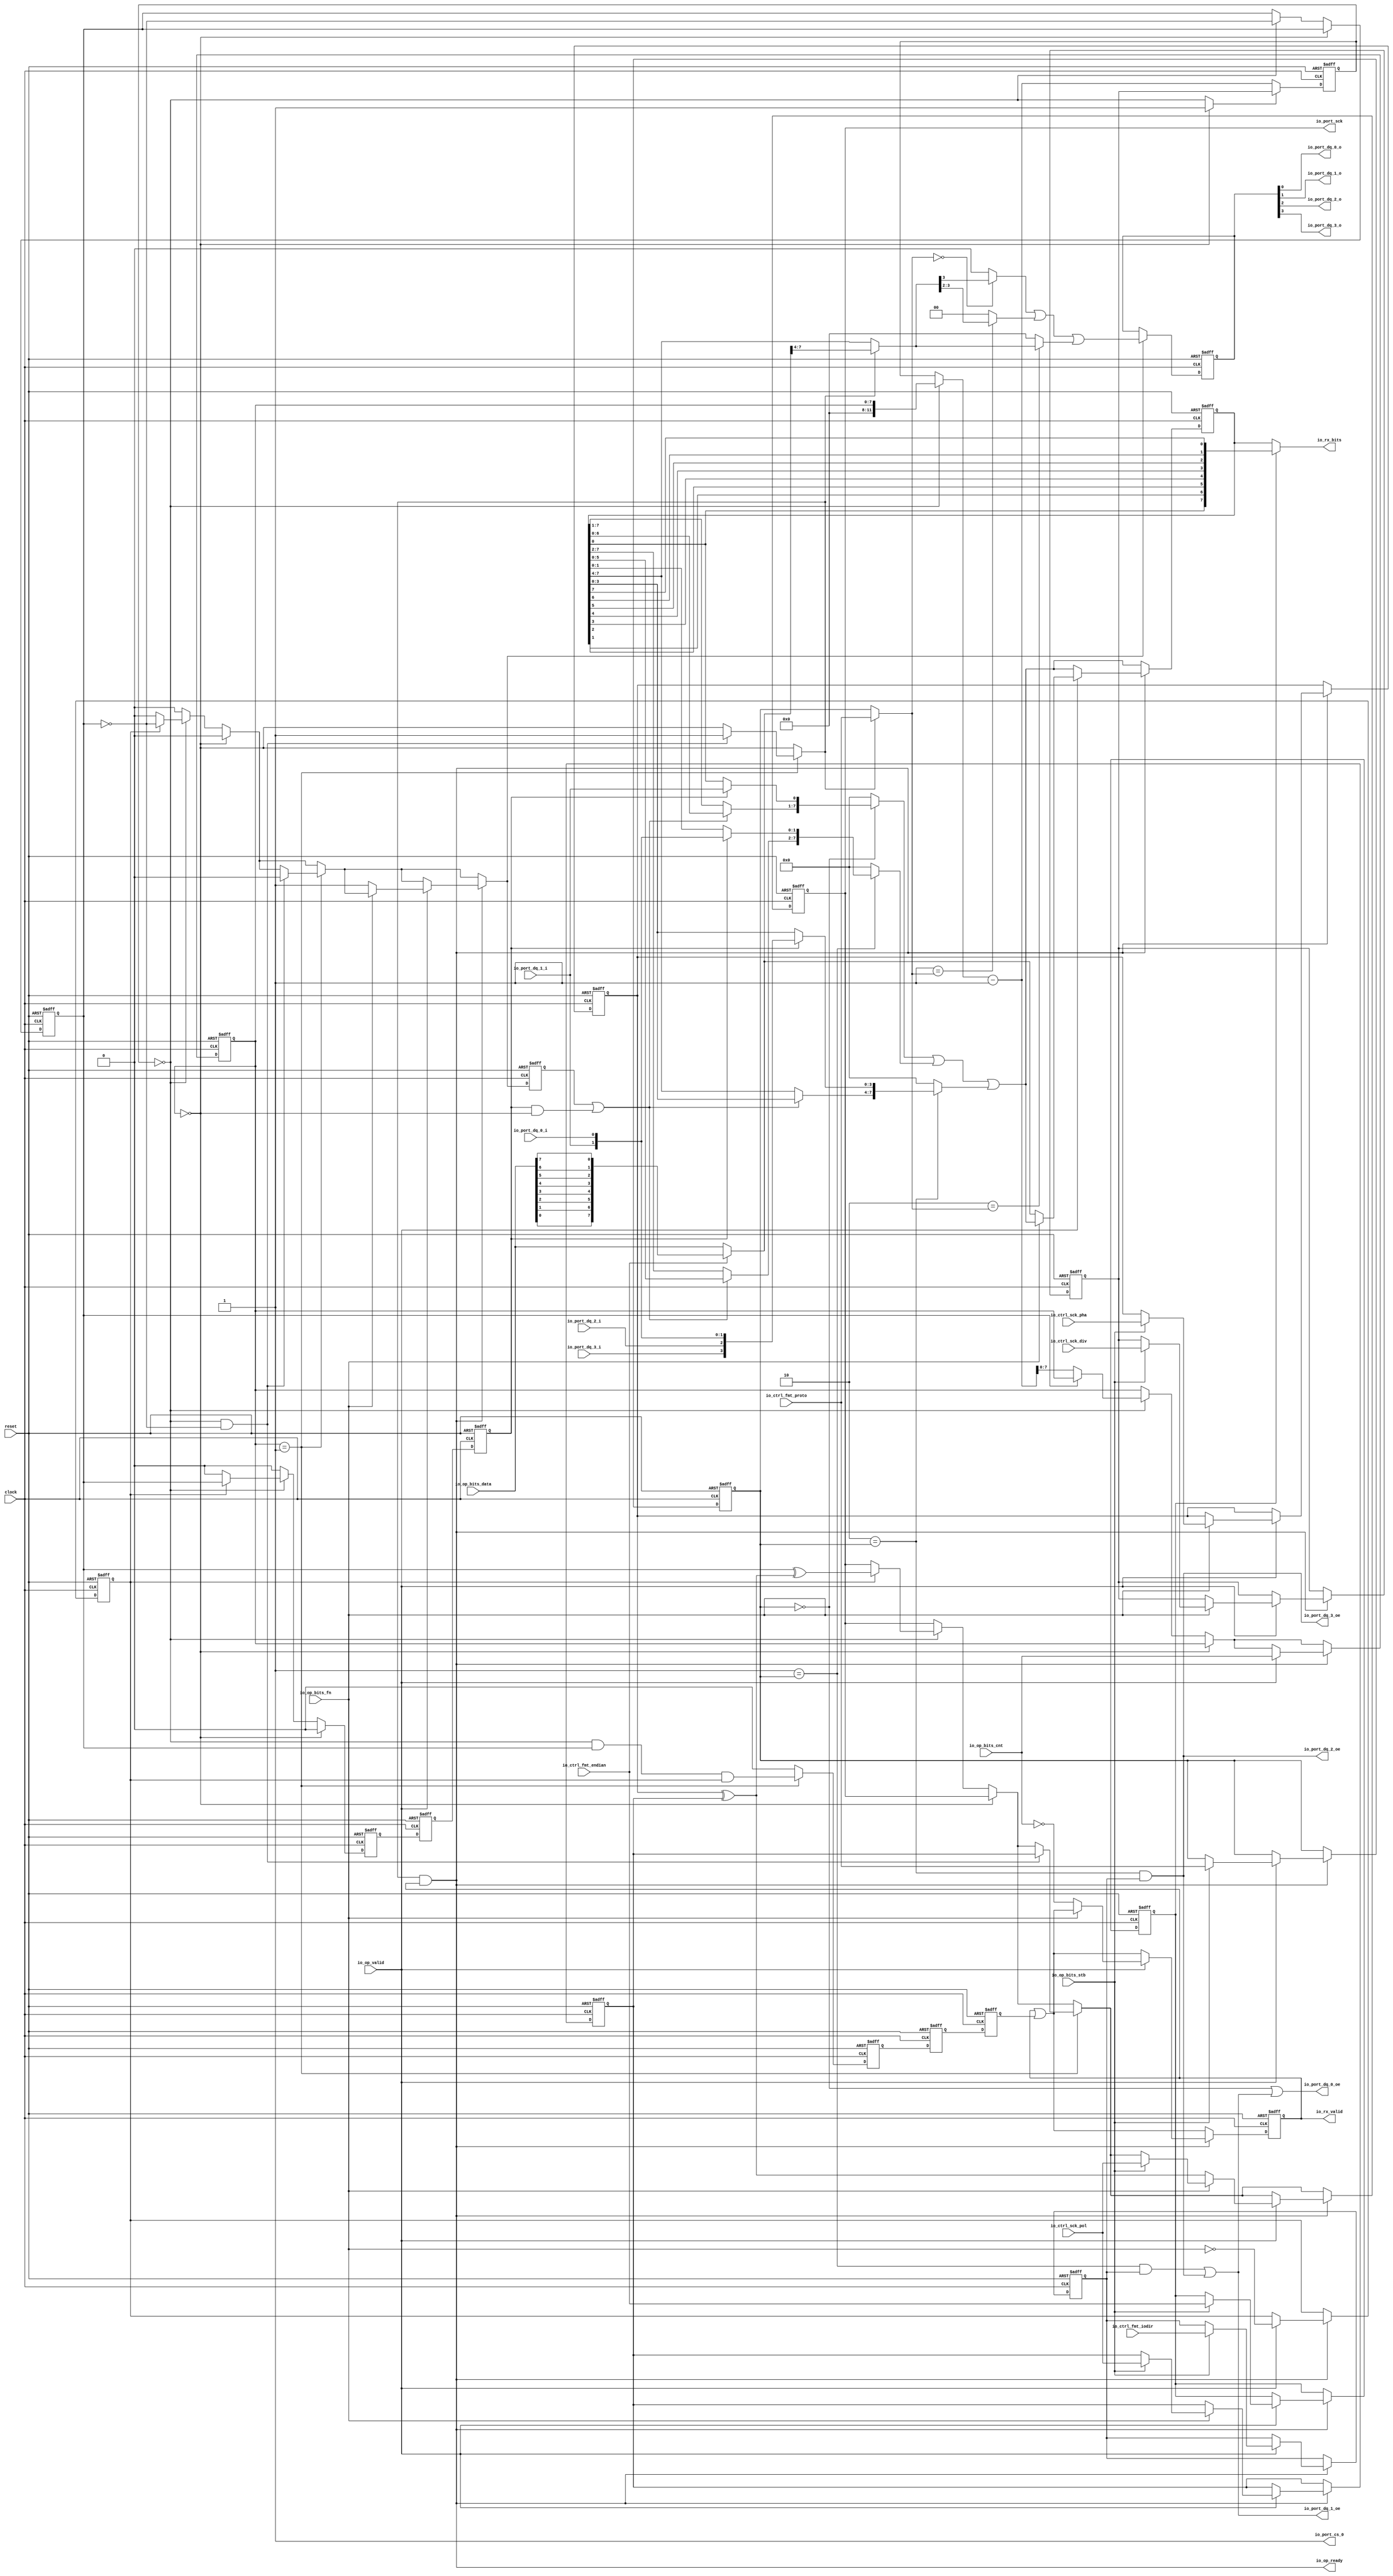
// This program was cloned from: https://github.com/huangxc6/Software_Hardware_Co-Design_24Spring
// License: MIT License

 /*                                                                      
 Copyright 2018-2020 Nuclei System Technology, Inc.                
                                                                         
 Licensed under the Apache License, Version 2.0 (the "License");         
 you may not use this file except in compliance with the License.        
 You may obtain a copy of the License at                                 
                                                                         
     http://www.apache.org/licenses/LICENSE-2.0                          
                                                                         
  Unless required by applicable law or agreed to in writing, software    
 distributed under the License is distributed on an "AS IS" BASIS,       
 WITHOUT WARRANTIES OR CONDITIONS OF ANY KIND, either express or implied.
 See the License for the specific language governing permissions and     
 limitations under the License.                                          
 */                                                                      
                                                                         
                                                                         
                                                                         

module sirv_qspi_physical(
  input   clock,
  input   reset,
  output  io_port_sck,
  input   io_port_dq_0_i,
  output  io_port_dq_0_o,
  output  io_port_dq_0_oe,
  input   io_port_dq_1_i,
  output  io_port_dq_1_o,
  output  io_port_dq_1_oe,
  input   io_port_dq_2_i,
  output  io_port_dq_2_o,
  output  io_port_dq_2_oe,
  input   io_port_dq_3_i,
  output  io_port_dq_3_o,
  output  io_port_dq_3_oe,
  output  io_port_cs_0,
  input  [11:0] io_ctrl_sck_div,
  input   io_ctrl_sck_pol,
  input   io_ctrl_sck_pha,
  input  [1:0] io_ctrl_fmt_proto,
  input   io_ctrl_fmt_endian,
  input   io_ctrl_fmt_iodir,
  output  io_op_ready,
  input   io_op_valid,
  input   io_op_bits_fn,
  input   io_op_bits_stb,
  input  [7:0] io_op_bits_cnt,
  input  [7:0] io_op_bits_data,
  output  io_rx_valid,
  output [7:0] io_rx_bits
);
  reg [11:0] ctrl_sck_div;
  reg [31:0] GEN_2;
  reg  ctrl_sck_pol;
  reg [31:0] GEN_31;
  reg  ctrl_sck_pha;
  reg [31:0] GEN_52;
  reg [1:0] ctrl_fmt_proto;
  reg [31:0] GEN_67;
  reg  ctrl_fmt_endian;
  reg [31:0] GEN_68;
  reg  ctrl_fmt_iodir;
  reg [31:0] GEN_69;
  wire  proto_0;
  wire  proto_1;
  wire  proto_2;
  wire  accept;
  wire  sample;
  wire  setup;
  wire  last;
  reg  setup_d;
  reg [31:0] GEN_70;
  reg  T_119;
  reg [31:0] GEN_71;
  reg  T_120;
  reg [31:0] GEN_72;
  reg  sample_d;
  reg [31:0] GEN_73;
  reg  T_122;
  reg [31:0] GEN_74;
  reg  T_123;
  reg [31:0] GEN_75;
  reg  last_d;
  reg [31:0] GEN_76;
  reg [7:0] scnt;
  reg [31:0] GEN_77;
  reg [11:0] tcnt;
  reg [31:0] GEN_78;
  wire  stop;
  wire  beat;
  wire [11:0] T_127;
  wire [12:0] T_129;
  wire [11:0] decr;
  wire  sched;
  wire [11:0] T_130;
  reg  sck;
  reg [31:0] GEN_79;
  reg  cref;
  reg [31:0] GEN_80;
  wire  cinv;
  wire [1:0] T_133;
  wire [1:0] T_134;
  wire [3:0] rxd;
  wire  samples_0;
  wire [1:0] samples_1;
  reg [7:0] buffer;
  reg [31:0] GEN_81;
  wire  T_135;
  wire  T_136;
  wire  T_137;
  wire  T_138;
  wire  T_139;
  wire  T_140;
  wire  T_141;
  wire  T_142;
  wire  T_143;
  wire [1:0] T_144;
  wire [1:0] T_145;
  wire [3:0] T_146;
  wire [1:0] T_147;
  wire [1:0] T_148;
  wire [3:0] T_149;
  wire [7:0] T_150;
  wire [7:0] buffer_in;
  wire  T_151;
  wire  shift;
  wire [6:0] T_152;
  wire [6:0] T_153;
  wire [6:0] T_154;
  wire  T_155;
  wire  T_157;
  wire [7:0] T_158;
  wire [5:0] T_159;
  wire [5:0] T_160;
  wire [5:0] T_161;
  wire [1:0] T_162;
  wire [1:0] T_163;
  wire [7:0] T_164;
  wire [3:0] T_165;
  wire [3:0] T_166;
  wire [3:0] T_167;
  wire [3:0] T_169;
  wire [7:0] T_170;
  wire [7:0] T_172;
  wire [7:0] T_174;
  wire [7:0] T_176;
  wire [7:0] T_178;
  wire [7:0] T_179;
  wire [7:0] T_180;
  reg [3:0] txd;
  reg [31:0] GEN_82;
  wire [3:0] T_182;
  wire [3:0] txd_in;
  wire [1:0] T_184;
  wire  txd_sel_0;
  wire  txd_sel_1;
  wire  txd_sel_2;
  wire  txd_shf_0;
  wire [1:0] txd_shf_1;
  wire  T_186;
  wire [1:0] T_188;
  wire [3:0] T_190;
  wire [1:0] GEN_65;
  wire [1:0] T_192;
  wire [3:0] GEN_66;
  wire [3:0] T_193;
  wire [3:0] T_194;
  wire [3:0] GEN_0;
  wire  T_195;
  wire  T_196;
  wire  txen_1;
  wire  txen_0;
  wire  T_202_0;
  wire  T_206;
  wire  T_207;
  wire  T_208;
  wire  T_209;
  reg  done;
  reg [31:0] GEN_83;
  wire  T_212;
  wire  T_213;
  wire  T_215;
  wire  T_216;
  wire  T_217;
  wire  T_218;
  wire  T_219;
  wire  T_220;
  wire  T_221;
  wire [1:0] T_222;
  wire [1:0] T_223;
  wire [3:0] T_224;
  wire [1:0] T_225;
  wire [1:0] T_226;
  wire [3:0] T_227;
  wire [7:0] T_228;
  wire [7:0] T_229;
  reg  xfr;
  reg [31:0] GEN_84;
  wire  GEN_1;
  wire  T_234;
  wire  T_236;
  wire  T_237;
  wire  GEN_3;
  wire  GEN_4;
  wire  GEN_5;
  wire [11:0] GEN_6;
  wire  GEN_7;
  wire  GEN_8;
  wire  GEN_9;
  wire  GEN_10;
  wire [11:0] GEN_11;
  wire  GEN_12;
  wire  GEN_13;
  wire  GEN_14;
  wire  GEN_15;
  wire [11:0] GEN_16;
  wire  T_243;
  wire  T_244;
  wire  T_245;
  wire  T_248;
  wire  GEN_17;
  wire  GEN_18;
  wire  GEN_19;
  wire  GEN_20;
  wire  GEN_21;
  wire  GEN_22;
  wire  GEN_23;
  wire  T_251;
  wire [1:0] GEN_24;
  wire  GEN_25;
  wire  GEN_26;
  wire  T_256;
  wire  T_259;
  wire [7:0] GEN_27;
  wire  GEN_28;
  wire  GEN_29;
  wire  GEN_30;
  wire  GEN_32;
  wire [11:0] GEN_33;
  wire  GEN_34;
  wire  GEN_35;
  wire  GEN_36;
  wire [11:0] GEN_37;
  wire  GEN_38;
  wire  GEN_39;
  wire [11:0] GEN_40;
  wire [1:0] GEN_41;
  wire  GEN_42;
  wire  GEN_43;
  wire  GEN_44;
  wire [7:0] GEN_45;
  wire  GEN_46;
  wire  GEN_47;
  wire  GEN_48;
  wire [11:0] GEN_49;
  wire  GEN_50;
  wire  GEN_51;
  wire [11:0] GEN_53;
  wire [1:0] GEN_54;
  wire  GEN_55;
  wire  GEN_56;
  wire  GEN_57;
  wire [7:0] GEN_58;
  wire  GEN_59;
  wire  GEN_60;
  wire  GEN_61;
  wire [11:0] GEN_62;
  wire  GEN_63;
  wire  GEN_64;
  assign io_port_sck = sck;
  assign io_port_dq_0_o = T_206;
  assign io_port_dq_0_oe = txen_0;
  assign io_port_dq_1_o = T_207;
  assign io_port_dq_1_oe = txen_1;
  assign io_port_dq_2_o = T_208;
  assign io_port_dq_2_oe = T_196;
  assign io_port_dq_3_o = T_209;
  assign io_port_dq_3_oe = io_port_dq_2_oe; 
  assign io_port_cs_0 = T_202_0;
  assign io_op_ready = T_251;
  assign io_rx_valid = done;
  assign io_rx_bits = T_229;
  assign proto_0 = 2'h0 == ctrl_fmt_proto;
  assign proto_1 = 2'h1 == ctrl_fmt_proto;
  assign proto_2 = 2'h2 == ctrl_fmt_proto;
  assign accept = GEN_21;
  assign sample = GEN_14;
  assign setup = GEN_60;
  assign last = GEN_20;
  assign stop = scnt == 8'h0;
  assign beat = tcnt == 12'h0;
  assign T_127 = beat ? {{4'd0}, scnt} : tcnt;
  assign T_129 = T_127 - 12'h1;
  assign decr = T_129[11:0];
  assign sched = GEN_1;
  assign T_130 = sched ? ctrl_sck_div : decr;
  assign cinv = ctrl_sck_pha ^ ctrl_sck_pol;
  assign T_133 = {io_port_dq_1_i,io_port_dq_0_i};
  assign T_134 = {io_port_dq_3_i,io_port_dq_2_i};
  assign rxd = {T_134,T_133};
  assign samples_0 = rxd[1];
  assign samples_1 = rxd[1:0];
  assign T_135 = io_ctrl_fmt_endian == 1'h0;
  assign T_136 = io_op_bits_data[0];
  assign T_137 = io_op_bits_data[1];
  assign T_138 = io_op_bits_data[2];
  assign T_139 = io_op_bits_data[3];
  assign T_140 = io_op_bits_data[4];
  assign T_141 = io_op_bits_data[5];
  assign T_142 = io_op_bits_data[6];
  assign T_143 = io_op_bits_data[7];
  assign T_144 = {T_142,T_143};
  assign T_145 = {T_140,T_141};
  assign T_146 = {T_145,T_144};
  assign T_147 = {T_138,T_139};
  assign T_148 = {T_136,T_137};
  assign T_149 = {T_148,T_147};
  assign T_150 = {T_149,T_146};
  assign buffer_in = T_135 ? io_op_bits_data : T_150;
  assign T_151 = sample_d & stop;
  assign shift = setup_d | T_151;
  assign T_152 = buffer[6:0];
  assign T_153 = buffer[7:1];
  assign T_154 = shift ? T_152 : T_153;
  assign T_155 = buffer[0];
  assign T_157 = sample_d ? samples_0 : T_155;
  assign T_158 = {T_154,T_157};
  assign T_159 = buffer[5:0];
  assign T_160 = buffer[7:2];
  assign T_161 = shift ? T_159 : T_160;
  assign T_162 = buffer[1:0];
  assign T_163 = sample_d ? samples_1 : T_162;
  assign T_164 = {T_161,T_163};
  assign T_165 = buffer[3:0];
  assign T_166 = buffer[7:4];
  assign T_167 = shift ? T_165 : T_166;
  assign T_169 = sample_d ? rxd : T_165;
  assign T_170 = {T_167,T_169};
  assign T_172 = proto_0 ? T_158 : 8'h0;
  assign T_174 = proto_1 ? T_164 : 8'h0;
  assign T_176 = proto_2 ? T_170 : 8'h0;
  assign T_178 = T_172 | T_174;
  assign T_179 = T_178 | T_176;
  assign T_180 = T_179;
  assign T_182 = buffer_in[7:4];
  assign txd_in = accept ? T_182 : T_166;
  assign T_184 = accept ? io_ctrl_fmt_proto : ctrl_fmt_proto;
  assign txd_sel_0 = 2'h0 == T_184;
  assign txd_sel_1 = 2'h1 == T_184;
  assign txd_sel_2 = 2'h2 == T_184;
  assign txd_shf_0 = txd_in[3];
  assign txd_shf_1 = txd_in[3:2];
  assign T_186 = txd_sel_0 ? txd_shf_0 : 1'h0;
  assign T_188 = txd_sel_1 ? txd_shf_1 : 2'h0;
  assign T_190 = txd_sel_2 ? txd_in : 4'h0;
  assign GEN_65 = {{1'd0}, T_186};
  assign T_192 = GEN_65 | T_188;
  assign GEN_66 = {{2'd0}, T_192};
  assign T_193 = GEN_66 | T_190;
  assign T_194 = T_193;
  assign GEN_0 = setup ? T_194 : txd;
  assign T_195 = proto_1 & ctrl_fmt_iodir;
  assign T_196 = proto_2 & ctrl_fmt_iodir;
  assign txen_1 = T_195 | T_196;
  assign txen_0 = proto_0 | txen_1;
  assign T_202_0 = 1'h1;
  assign T_206 = txd[0];
  assign T_207 = txd[1];
  assign T_208 = txd[2];
  assign T_209 = txd[3];
  assign T_212 = done | last_d;
  assign T_213 = ctrl_fmt_endian == 1'h0;
  assign T_215 = buffer[1];
  assign T_216 = buffer[2];
  assign T_217 = buffer[3];
  assign T_218 = buffer[4];
  assign T_219 = buffer[5];
  assign T_220 = buffer[6];
  assign T_221 = buffer[7];
  assign T_222 = {T_220,T_221};
  assign T_223 = {T_218,T_219};
  assign T_224 = {T_223,T_222};
  assign T_225 = {T_216,T_217};
  assign T_226 = {T_155,T_215};
  assign T_227 = {T_226,T_225};
  assign T_228 = {T_227,T_224};
  assign T_229 = T_213 ? buffer : T_228;
  assign GEN_1 = stop ? 1'h1 : beat;
  assign T_234 = stop == 1'h0;
  assign T_236 = cref == 1'h0;
  assign T_237 = cref ^ cinv;
  assign GEN_3 = xfr ? T_237 : sck;
  assign GEN_4 = xfr ? cref : 1'h0;
  assign GEN_5 = xfr ? T_236 : 1'h0;
  assign GEN_6 = T_236 ? decr : {{4'd0}, scnt};
  assign GEN_7 = beat ? T_236 : cref;
  assign GEN_8 = beat ? GEN_3 : sck;
  assign GEN_9 = beat ? GEN_4 : 1'h0;
  assign GEN_10 = beat ? GEN_5 : 1'h0;
  assign GEN_11 = beat ? GEN_6 : {{4'd0}, scnt};
  assign GEN_12 = T_234 ? GEN_7 : cref;
  assign GEN_13 = T_234 ? GEN_8 : sck;
  assign GEN_14 = T_234 ? GEN_9 : 1'h0;
  assign GEN_15 = T_234 ? GEN_10 : 1'h0;
  assign GEN_16 = T_234 ? GEN_11 : {{4'd0}, scnt};
  assign T_243 = scnt == 8'h1;
  assign T_244 = beat & cref;
  assign T_245 = T_244 & xfr;
  assign T_248 = beat & T_236;
  assign GEN_17 = T_248 ? 1'h1 : stop;
  assign GEN_18 = T_248 ? 1'h0 : GEN_15;
  assign GEN_19 = T_248 ? ctrl_sck_pol : GEN_13;
  assign GEN_20 = T_243 ? T_245 : 1'h0;
  assign GEN_21 = T_243 ? GEN_17 : stop;
  assign GEN_22 = T_243 ? GEN_18 : GEN_15;
  assign GEN_23 = T_243 ? GEN_19 : GEN_13;
  assign T_251 = accept & done;
  assign GEN_24 = io_op_bits_stb ? io_ctrl_fmt_proto : ctrl_fmt_proto;
  assign GEN_25 = io_op_bits_stb ? io_ctrl_fmt_endian : ctrl_fmt_endian;
  assign GEN_26 = io_op_bits_stb ? io_ctrl_fmt_iodir : ctrl_fmt_iodir;
  assign T_256 = 1'h0 == io_op_bits_fn;
  assign T_259 = io_op_bits_cnt == 8'h0;
  assign GEN_27 = T_256 ? buffer_in : T_180;
  assign GEN_28 = T_256 ? cinv : GEN_23;
  assign GEN_29 = T_256 ? 1'h1 : GEN_22;
  assign GEN_30 = T_256 ? T_259 : T_212;
  assign GEN_32 = io_op_bits_stb ? io_ctrl_sck_pol : GEN_28;
  assign GEN_33 = io_op_bits_stb ? io_ctrl_sck_div : ctrl_sck_div;
  assign GEN_34 = io_op_bits_stb ? io_ctrl_sck_pol : ctrl_sck_pol;
  assign GEN_35 = io_op_bits_stb ? io_ctrl_sck_pha : ctrl_sck_pha;
  assign GEN_36 = io_op_bits_fn ? GEN_32 : GEN_28;
  assign GEN_37 = io_op_bits_fn ? GEN_33 : ctrl_sck_div;
  assign GEN_38 = io_op_bits_fn ? GEN_34 : ctrl_sck_pol;
  assign GEN_39 = io_op_bits_fn ? GEN_35 : ctrl_sck_pha;
  assign GEN_40 = io_op_valid ? {{4'd0}, io_op_bits_cnt} : GEN_16;
  assign GEN_41 = io_op_valid ? GEN_24 : ctrl_fmt_proto;
  assign GEN_42 = io_op_valid ? GEN_25 : ctrl_fmt_endian;
  assign GEN_43 = io_op_valid ? GEN_26 : ctrl_fmt_iodir;
  assign GEN_44 = io_op_valid ? T_256 : xfr;
  assign GEN_45 = io_op_valid ? GEN_27 : T_180;
  assign GEN_46 = io_op_valid ? GEN_36 : GEN_23;
  assign GEN_47 = io_op_valid ? GEN_29 : GEN_22;
  assign GEN_48 = io_op_valid ? GEN_30 : T_212;
  assign GEN_49 = io_op_valid ? GEN_37 : ctrl_sck_div;
  assign GEN_50 = io_op_valid ? GEN_38 : ctrl_sck_pol;
  assign GEN_51 = io_op_valid ? GEN_39 : ctrl_sck_pha;
  assign GEN_53 = T_251 ? GEN_40 : GEN_16;
  assign GEN_54 = T_251 ? GEN_41 : ctrl_fmt_proto;
  assign GEN_55 = T_251 ? GEN_42 : ctrl_fmt_endian;
  assign GEN_56 = T_251 ? GEN_43 : ctrl_fmt_iodir;
  assign GEN_57 = T_251 ? GEN_44 : xfr;
  assign GEN_58 = T_251 ? GEN_45 : T_180;
  assign GEN_59 = T_251 ? GEN_46 : GEN_23;
  assign GEN_60 = T_251 ? GEN_47 : GEN_22;
  assign GEN_61 = T_251 ? GEN_48 : T_212;
  assign GEN_62 = T_251 ? GEN_49 : ctrl_sck_div;
  assign GEN_63 = T_251 ? GEN_50 : ctrl_sck_pol;
  assign GEN_64 = T_251 ? GEN_51 : ctrl_sck_pha;

  always @(posedge clock or posedge reset)
  if (reset) begin
    ctrl_sck_div <= 12'b0;
    ctrl_sck_pol <= 1'b0;
    ctrl_sck_pha <= 1'b0;
    ctrl_fmt_proto <= 2'b0;
    ctrl_fmt_endian <= 1'b0;
    ctrl_fmt_iodir <= 1'b0;
    setup_d <= 1'b0;
    tcnt <= 12'b0;
    sck <= 1'b0;
    buffer <= 8'b0;
    xfr <= 1'b0;
  end
  else begin
    if (T_251) begin
      if (io_op_valid) begin
        if (io_op_bits_fn) begin
          if (io_op_bits_stb) begin
            ctrl_sck_div <= io_ctrl_sck_div;
          end
        end
      end
    end
    if (T_251) begin
      if (io_op_valid) begin
        if (io_op_bits_fn) begin
          if (io_op_bits_stb) begin
            ctrl_sck_pol <= io_ctrl_sck_pol;
          end
        end
      end
    end
    if (T_251) begin
      if (io_op_valid) begin
        if (io_op_bits_fn) begin
          if (io_op_bits_stb) begin
            ctrl_sck_pha <= io_ctrl_sck_pha;
          end
        end
      end
    end
    if (T_251) begin
      if (io_op_valid) begin
        if (io_op_bits_stb) begin
          ctrl_fmt_proto <= io_ctrl_fmt_proto;
        end
      end
    end
    if (T_251) begin
      if (io_op_valid) begin
        if (io_op_bits_stb) begin
          ctrl_fmt_endian <= io_ctrl_fmt_endian;
        end
      end
    end
    if (T_251) begin
      if (io_op_valid) begin
        if (io_op_bits_stb) begin
          ctrl_fmt_iodir <= io_ctrl_fmt_iodir;
        end
      end
    end
    setup_d <= setup;




    if (sched) begin
      tcnt <= ctrl_sck_div;
    end else begin
      tcnt <= decr;
    end
    if (T_251) begin
      if (io_op_valid) begin
        if (io_op_bits_fn) begin
          if (io_op_bits_stb) begin
            sck <= io_ctrl_sck_pol;
          end else begin
            if (T_256) begin
              sck <= cinv;
            end else begin
              if (T_243) begin
                if (T_248) begin
                  sck <= ctrl_sck_pol;
                end else begin
                  if (T_234) begin
                    if (beat) begin
                      if (xfr) begin
                        sck <= T_237;
                      end
                    end
                  end
                end
              end else begin
                if (T_234) begin
                  if (beat) begin
                    if (xfr) begin
                      sck <= T_237;
                    end
                  end
                end
              end
            end
          end
        end else begin
          if (T_256) begin
            sck <= cinv;
          end else begin
            if (T_243) begin
              if (T_248) begin
                sck <= ctrl_sck_pol;
              end else begin
                if (T_234) begin
                  if (beat) begin
                    if (xfr) begin
                      sck <= T_237;
                    end
                  end
                end
              end
            end else begin
              if (T_234) begin
                if (beat) begin
                  if (xfr) begin
                    sck <= T_237;
                  end
                end
              end
            end
          end
        end
      end else begin
        if (T_243) begin
          if (T_248) begin
            sck <= ctrl_sck_pol;
          end else begin
            sck <= GEN_13;
          end
        end else begin
          sck <= GEN_13;
        end
      end
    end else begin
      if (T_243) begin
        if (T_248) begin
          sck <= ctrl_sck_pol;
        end else begin
          sck <= GEN_13;
        end
      end else begin
        sck <= GEN_13;
      end
    end



    if (T_251) begin
      if (io_op_valid) begin
        if (T_256) begin
          if (T_135) begin
            buffer <= io_op_bits_data;
          end else begin
            buffer <= T_150;
          end
        end else begin
          buffer <= T_180;
        end
      end else begin
        buffer <= T_180;
      end
    end else begin
      buffer <= T_180;
    end

    if (T_251) begin
      if (io_op_valid) begin
        xfr <= T_256;
      end
    end

  end


  always @(posedge clock or posedge reset)
    if (reset) begin
      cref <= 1'h1;
    end else begin
      if (T_234) begin
        if (beat) begin
          cref <= T_236;
        end
      end
    end


  always @(posedge clock or posedge reset)
    if (reset) begin
      txd <= 4'h0;
    end else begin
      if (setup) begin
        txd <= T_194;
      end
    end

  always @(posedge clock or posedge reset)
    if (reset) begin
      done <= 1'h1;
    end else begin
      if (T_251) begin
        if (io_op_valid) begin
          if (T_256) begin
            done <= T_259;
          end else begin
            done <= T_212;
          end
        end else begin
          done <= T_212;
        end
      end else begin
        done <= T_212;
      end
    end



  always @(posedge clock or posedge reset)
    if (reset) begin
      T_119 <= 1'h0;
    end else begin
      T_119 <= sample;
    end

  always @(posedge clock or posedge reset)
    if (reset) begin
      T_120 <= 1'h0;
    end else begin
      T_120 <= T_119;
    end

  always @(posedge clock or posedge reset)
    if (reset) begin
      sample_d <= 1'h0;
    end else begin
      sample_d <= T_120;
    end

  always @(posedge clock or posedge reset)
    if (reset) begin
      T_122 <= 1'h0;
    end else begin
      T_122 <= last;
    end

  always @(posedge clock or posedge reset)
    if (reset) begin
      T_123 <= 1'h0;
    end else begin
      T_123 <= T_122;
    end

  always @(posedge clock or posedge reset)
    if (reset) begin
      last_d <= 1'h0;
    end else begin
      last_d <= T_123;
    end

  always @(posedge clock or posedge reset)
    if (reset) begin
      scnt <= 8'h0;
    end else begin
      scnt <= GEN_53[7:0];
    end

endmodule